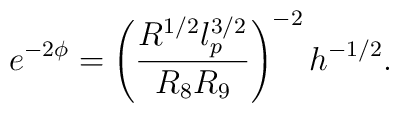
e^{- 2 \phi} = \left( \frac{R^{1/2} l_p^{3/2}}{R_8 R_9}       \right)^{-2} h^{-1/2} .